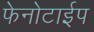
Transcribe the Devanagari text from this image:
फेनोटाईप